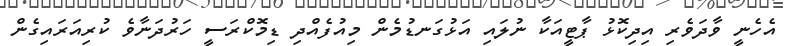
އެހެނީ ވާދަވެރި އިދިކޮޅު ޕާޓީއަކާ ނުލައި އަޅުގަނޑުމެން މިއުފެއްދި ޑިމޮކްރަސީ ހަރުދަނާވެ ކުރިއަރައިގެން